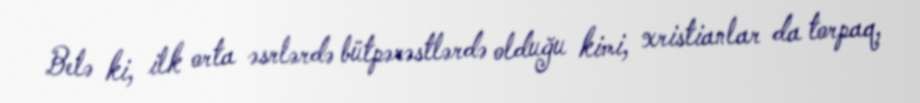
Belə ki, ilk orta əsrlərdə bütpərəstlərdə olduğu kimi, xristianlar da torpaq,